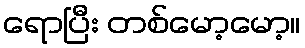
ရောပြီး တစ်မော့မော့။